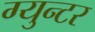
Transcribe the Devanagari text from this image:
ग्युन्टर